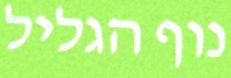
נוף הגליל